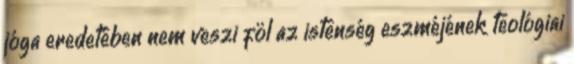
jóga eredetében nem veszi föl az istenség eszméjének teológiai